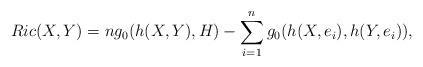
LaTeX: \begin{align*} Ric(X,Y)=n g_0(h(X,Y),H)-\sum_{i=1}^n g_0(h(X,e_i),h(Y,e_i)),\end{align*}